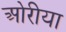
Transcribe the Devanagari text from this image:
ओरीया